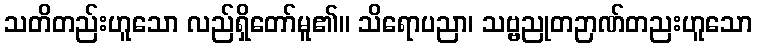
သတိတည်းဟူသော လည်ရှိတော်မူ၏။ သိရောပညာ၊ သဗ္ဗညုတဉာဏ်တညးဟူသော